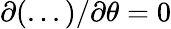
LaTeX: \partial(...)/\partial\theta=0